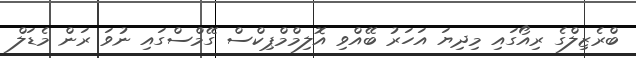
ބްރެޒިލްގެ ރިއޯގައި މިދިޔަ އަހަރު ބޭއްވި އޮލިމްމްޕިކްސް ގޭމްސްގައި ނުވަ ރަން މެޑަލް